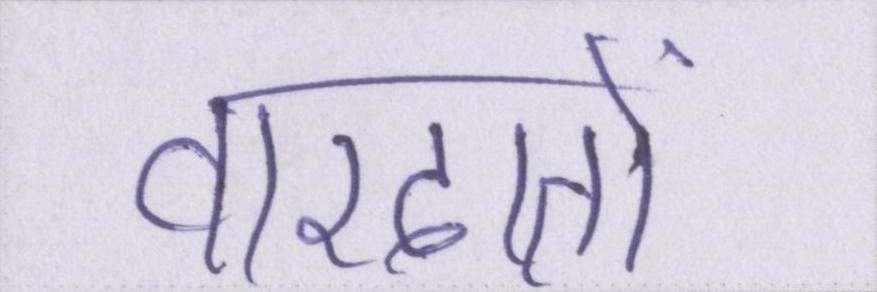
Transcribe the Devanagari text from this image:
वारदातों